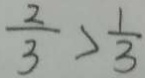
\frac { 2 } { 3 } > \frac { 1 } { 3 }